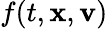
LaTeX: f(t,\textbf{x},\textbf{v})